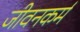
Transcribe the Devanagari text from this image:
जीवनकर्म